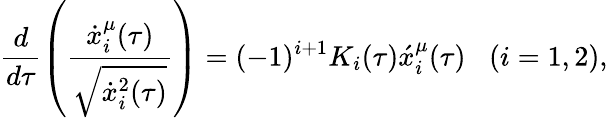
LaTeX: \frac{d}{d\tau}\left(\frac{\dot{x}_{i}^{\mu}(\tau)}{\sqrt{\dot{x}_{i}^{2}(\tau)}}\right)=(-1)^{i+1}K_{i}(\tau)\acute{x}_{i}^{\mu}(\tau)\, \, \, \, \, (i=1,2),